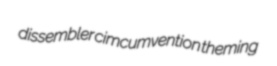
dissembler cimcumvention theming